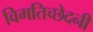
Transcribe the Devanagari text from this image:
विमतिच्छेदनी